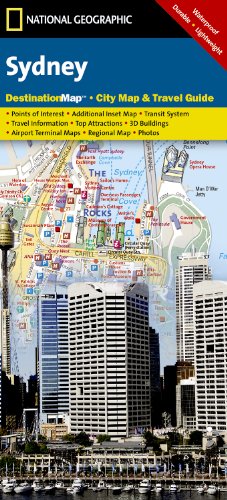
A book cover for Sydney (National Geographic Destination City Map); National Geographic Maps; Travel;